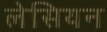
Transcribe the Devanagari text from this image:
लेसियन